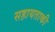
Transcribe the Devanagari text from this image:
सहायताकी